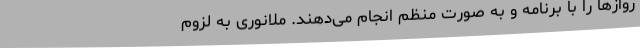
روازها را با برنامه و به صورت منظم انجام می‌دهند. ملانوری به لزوم